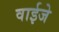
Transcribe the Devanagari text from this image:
वाईजे